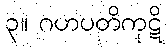
၃။ ဂဟပတိကုဋိ